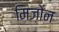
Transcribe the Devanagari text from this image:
मिज़ोन